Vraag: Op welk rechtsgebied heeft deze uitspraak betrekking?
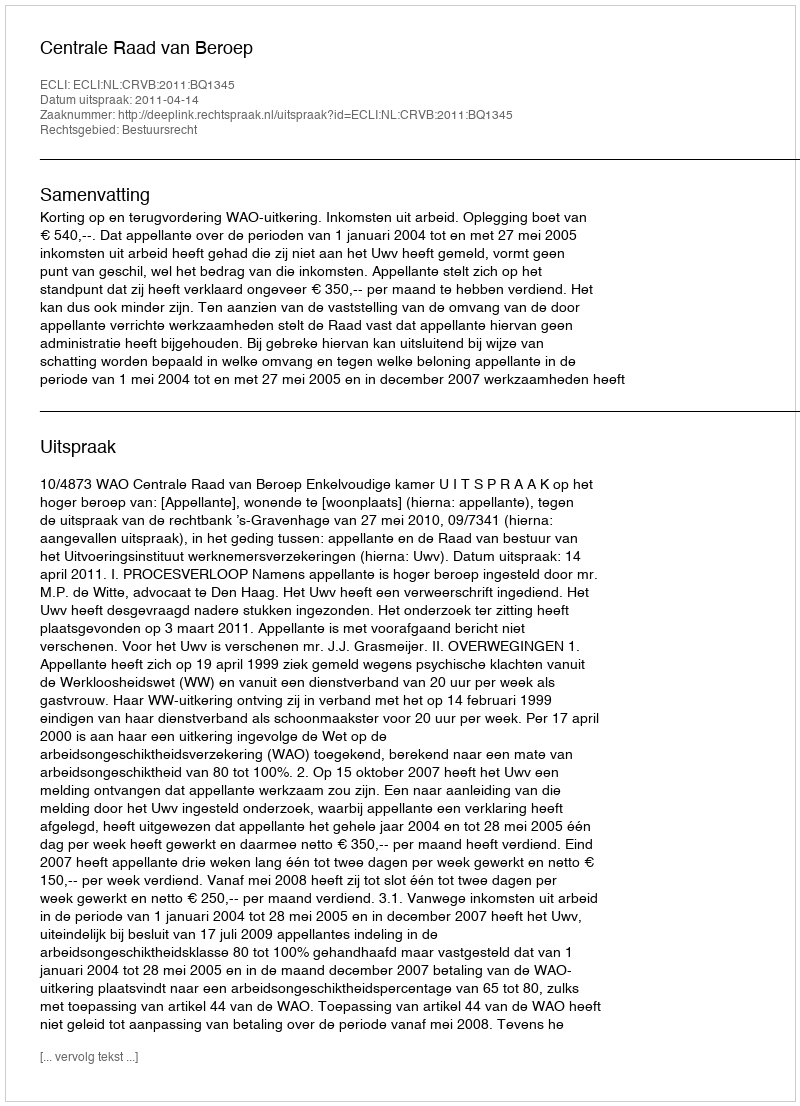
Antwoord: Bestuursrecht